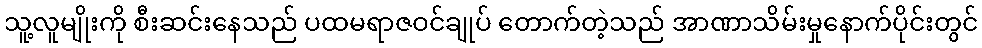
သူ့လူမျိုးကို စီးဆင်းနေသည် ပထမရာဇဝင်ချုပ် တောက်တဲ့သည် အာဏာသိမ်းမှုနောက်ပိုင်းတွင်